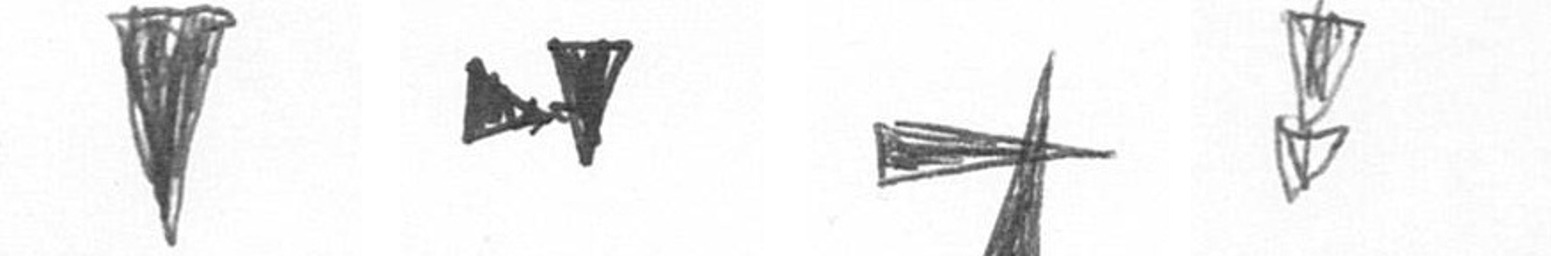
J M G Z